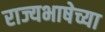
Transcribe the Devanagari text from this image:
राज्यभाषेच्या